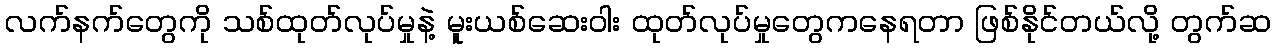
လက်နက်တွေကို သစ်ထုတ်လုပ်မှုနဲ့ မူးယစ်ဆေးဝါး ထုတ်လုပ်မှုတွေကနေရတာ ဖြစ်နိုင်တယ်လို့ တွက်ဆ